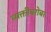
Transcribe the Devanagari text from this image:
व्यक्तींबरोबर